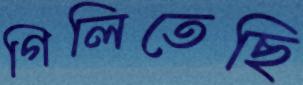
গিলিতেছি